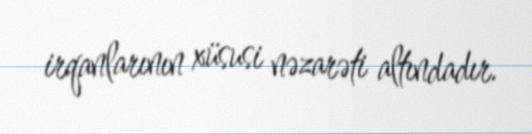
irqanlarının xüsusi nəzarəti altındadır.